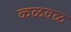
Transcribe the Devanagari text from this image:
कळवळ